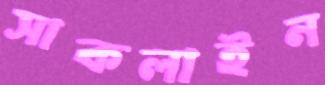
সাকলাইন